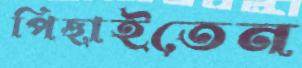
পিছাইতেন